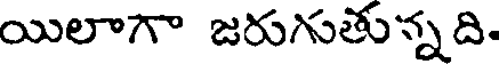
యిలాగా జరుగుతున్నది.